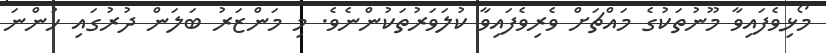
މޯޅިވެފައިވާ މޫނުތަކުގެ މައްޗަށް ވެރިވެފައިވާ ކުލަވަރުތަކުންނެވެ. މި މަންޒަރު ބަލަން ދުރުގައި ހުންނަ